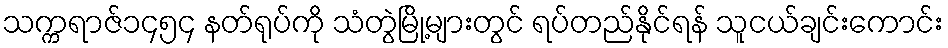
သက္ကရာဇ်၁၄၅၄ နတ်ရုပ်ကို သံတွဲမြို့များတွင် ရပ်တည်နိုင်ရန် သူငယ်ချင်းကောင်း